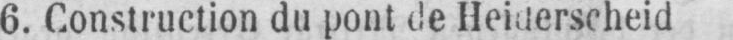
6. Construction du pont de Heiderscheid